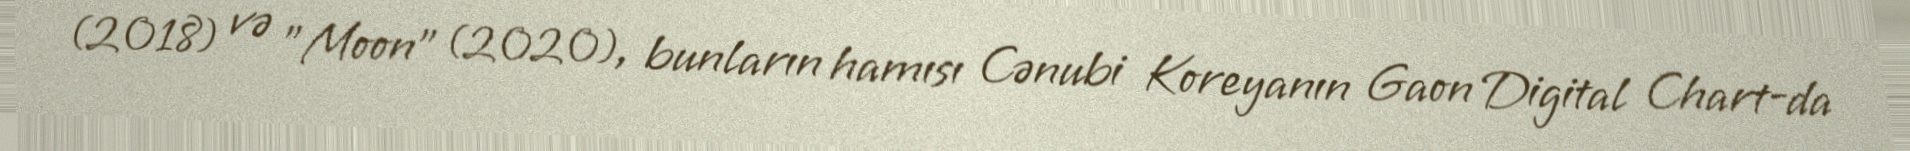
(2018) və "Moon" (2020), bunların hamısı Cənubi Koreyanın Gaon Digital Chart-da